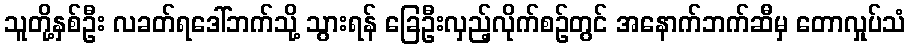
သူတို့နှစ်ဦး လခတ်ရဒေါ်ဘက်သို့ သွားရန် ခြေဦးလှည့်လိုက်စဉ်တွင် အနောက်ဘက်ဆီမှ တောလှုပ်သံ